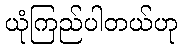
ယုံကြည်ပါတယ်ဟု